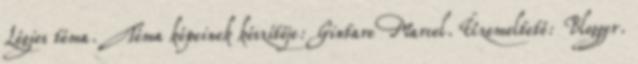
Légies téma. Téma képeinek készítője: Gintare Marcel. Üzemeltető: Blogger.